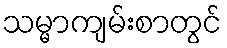
သမ္မာကျမ်းစာတွင်